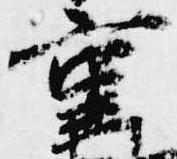
重